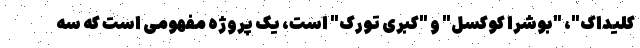
کلیداک"، "بوشرا کوکسل" و "کبری تورک" است، یک پروژه مفهومی است که سه